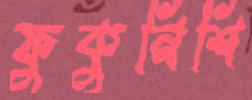
ফুকুনিশি